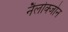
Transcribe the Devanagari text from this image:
नैलोक्जोन